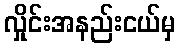
လှိုင်းအနည်းငယ်မှ